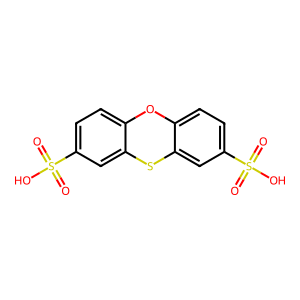
SMILES: O=S(=O)(O)c1ccc2c(c1)Sc1cc(S(=O)(=O)O)ccc1O2
Inhibits HIV replication: No